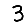
Digit: 3